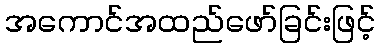
အကောင်အထည်ဖော်ခြင်းဖြင့်